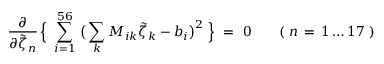
\frac { \partial } { \partial \tilde { \zeta } _ { n } } \, \Big \{ \ \sum _ { i = 1 } ^ { 5 6 } \, \big ( \sum _ { k } M _ { i k } \tilde { \zeta } _ { k } - b _ { i } \big ) ^ { 2 } \ \Big \} \ = \ 0 \qquad ( \ n \, = \, 1 \ldots 1 7 \ )